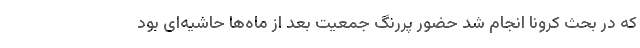
که در بحث کرونا انجام شد حضور پررنگ جمعیت بعد از ماه‌ها حاشیه‌ای بود